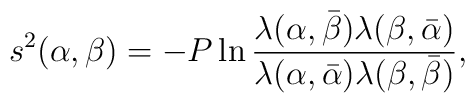
s^{2}(\alpha,\beta)=-P\ln\frac{\lambda(\alpha,\bar{\beta})\lambda(\beta,\bar{\alpha})}{\lambda(\alpha,\bar{\alpha})\lambda(\beta,\bar{\beta})},